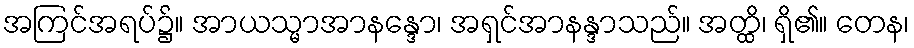
အကြင်အရပ်၌။ အာယသ္မာအာနန္ဒော၊ အရှင်အာနန္ဒာသည်။ အတ္ထိ၊ ရှိ၏။ တေန၊